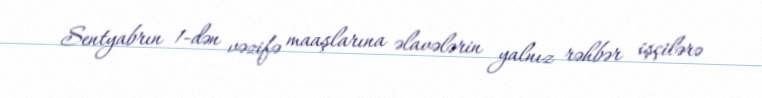
Sentyabrın 1-dən vəzifə maaşlarına əlavələrin yalnız rəhbər işçilərə